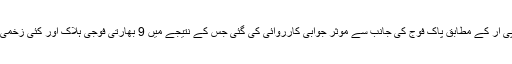
آئی ایس پی آر کے مطابق پاک فوج کی جانب سے موثر جوابی کارروائی کی گئی جس کے نتیجے میں 9 بھارتی فوجی ہلاک اور کئی زخمی ہوگئے ۔